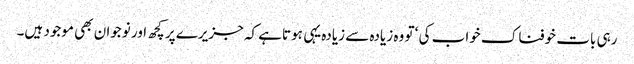
رہی بات خوفناک خواب کی ‘ تو وہ زیادہ سے زیادہ یہی ہوتاہے کہ جزیرے پر کچھ اور نوجوان بھی موجود ہیں۔